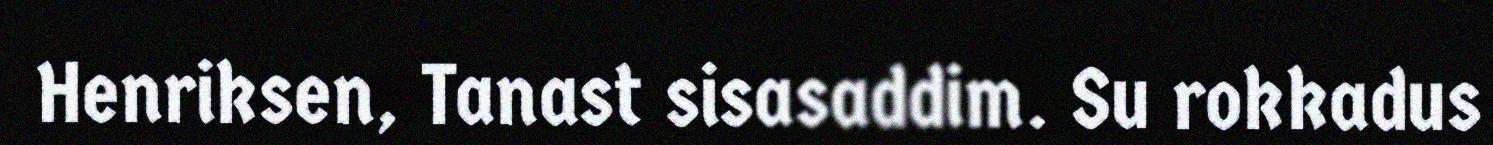
Henriksen, Tanast sisasaddim. Su rokkadus